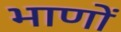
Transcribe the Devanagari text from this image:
भाणों